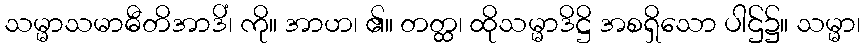
သမ္မာသမာဓီတိအာဒိံ၊ ကို။ အာဟ၊ ၏။ တတ္ထ၊ ထိုသမ္မာဒိဋ္ဌိ အစရှိသော ပါဌ်၌။ သမ္မာ၊